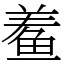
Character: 鲝